Code of medical and sanitary regulations for the guidance of medical officers serving in the Madras Presidency - Volume I
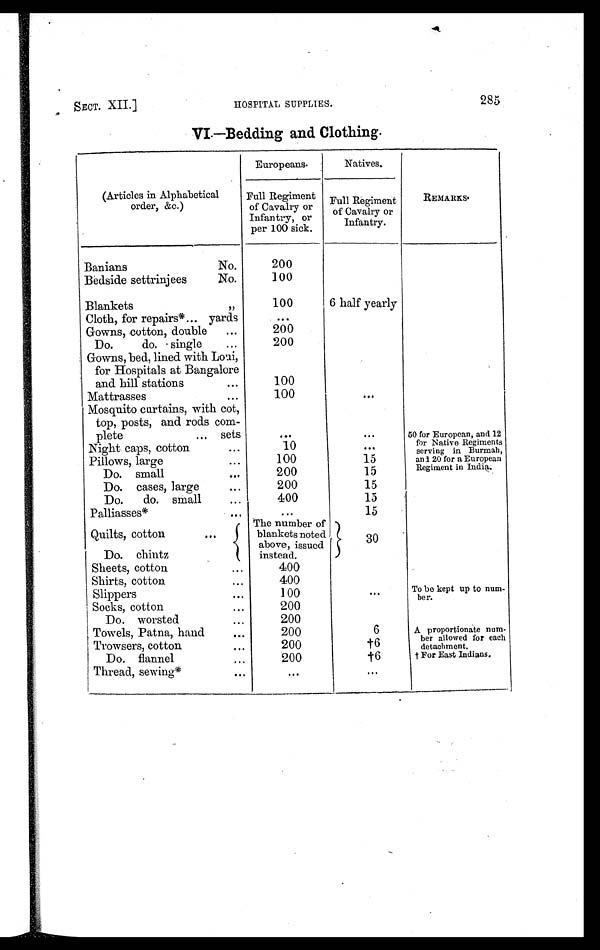
SECT. XII.] HOSPITAL SUPPLIES. 285
VI.—Bedding and Clothing.
(Articles in Alphabetical
order, &c.)
Europeans.
Natives.
REMARKS.
Full Regiment
of Cavalry or
Infantry, or
per 100 sick.
Full Regiment
of Cavalry or
Infantry.
Banians No.
200
Bedside settrinjees No.
100
Blankets „
100
6 half yearly
Cloth, for repairs* ... yards
. . .
Gowns, cotton, double ...
200
Do. do. single
...
200
Gowns, bed, lined with Loui,
for Hospitals at Bangalore
and hill stations ...
100
Mattrasses
...
100
...
Mosquito curtains, with cot,
top, posts, and rods com-
plete ... sets
. . .
. . .
50 for European, and 12
for Native Regiments
serving in Burmah
and 20 for a European
Regiment in India.
Night caps, cotton
. . .
10
...
Pillows, large
...
100
15
Do. small
...
200
15
Do. cases, large
. . .
200
15
Do. do. small
...
400
15
Palliasses*
. . .
. . .
15
Quilts, cotton
...
The number of
blankets noted
above, issued
instead.
30
Do. chintz
Sheets, cotton
...
4 0 0
Shirts, cotton
...
400
Slippers
. . .
100
. . .
To be kept up to num-
ber.
Socks, cotton
...
200
Do. worsted
. . .
200
Towels, Patna, hand
...
200
6
A proportionate num-
ber allowed for each
detachment.
Trowsers, cotton
. . .
200
†6
Do. flannel
. . .
200
†6
† For East Indians.
Thread, sewing*
. . .
...
. . .